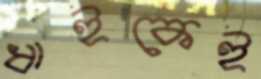
ধাইকেই